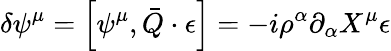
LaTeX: \delta\psi^{\mu}=\left[\psi^{\mu},\bar{Q}\cdot\epsilon\right]=-i\rho^{\alpha}\partial_{\alpha}X^{\mu}\epsilon